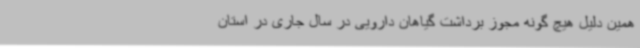
همین دلیل هیچ گونه مجوز برداشت گیاهان دارویی در سال جاری در استان